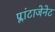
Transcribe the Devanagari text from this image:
प्लांटाजेनेट